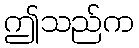
ဤသည်က